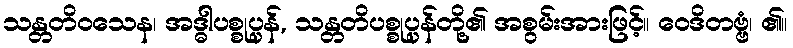
သန္တတိဝသေန၊ အဒ္ဓါပစ္စုပ္ပန်, သန္တတိပစ္စုပ္ပန်တို့၏ အစွမ်းအားဖြင့်။ ဝေဒိတဗ္ဗံ၊ ၏။